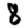
Digit: 8